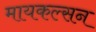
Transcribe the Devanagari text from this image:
मायकल्सन